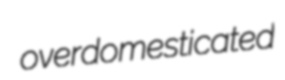
overdomesticated